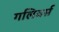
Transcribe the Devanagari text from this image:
गलिवर्स